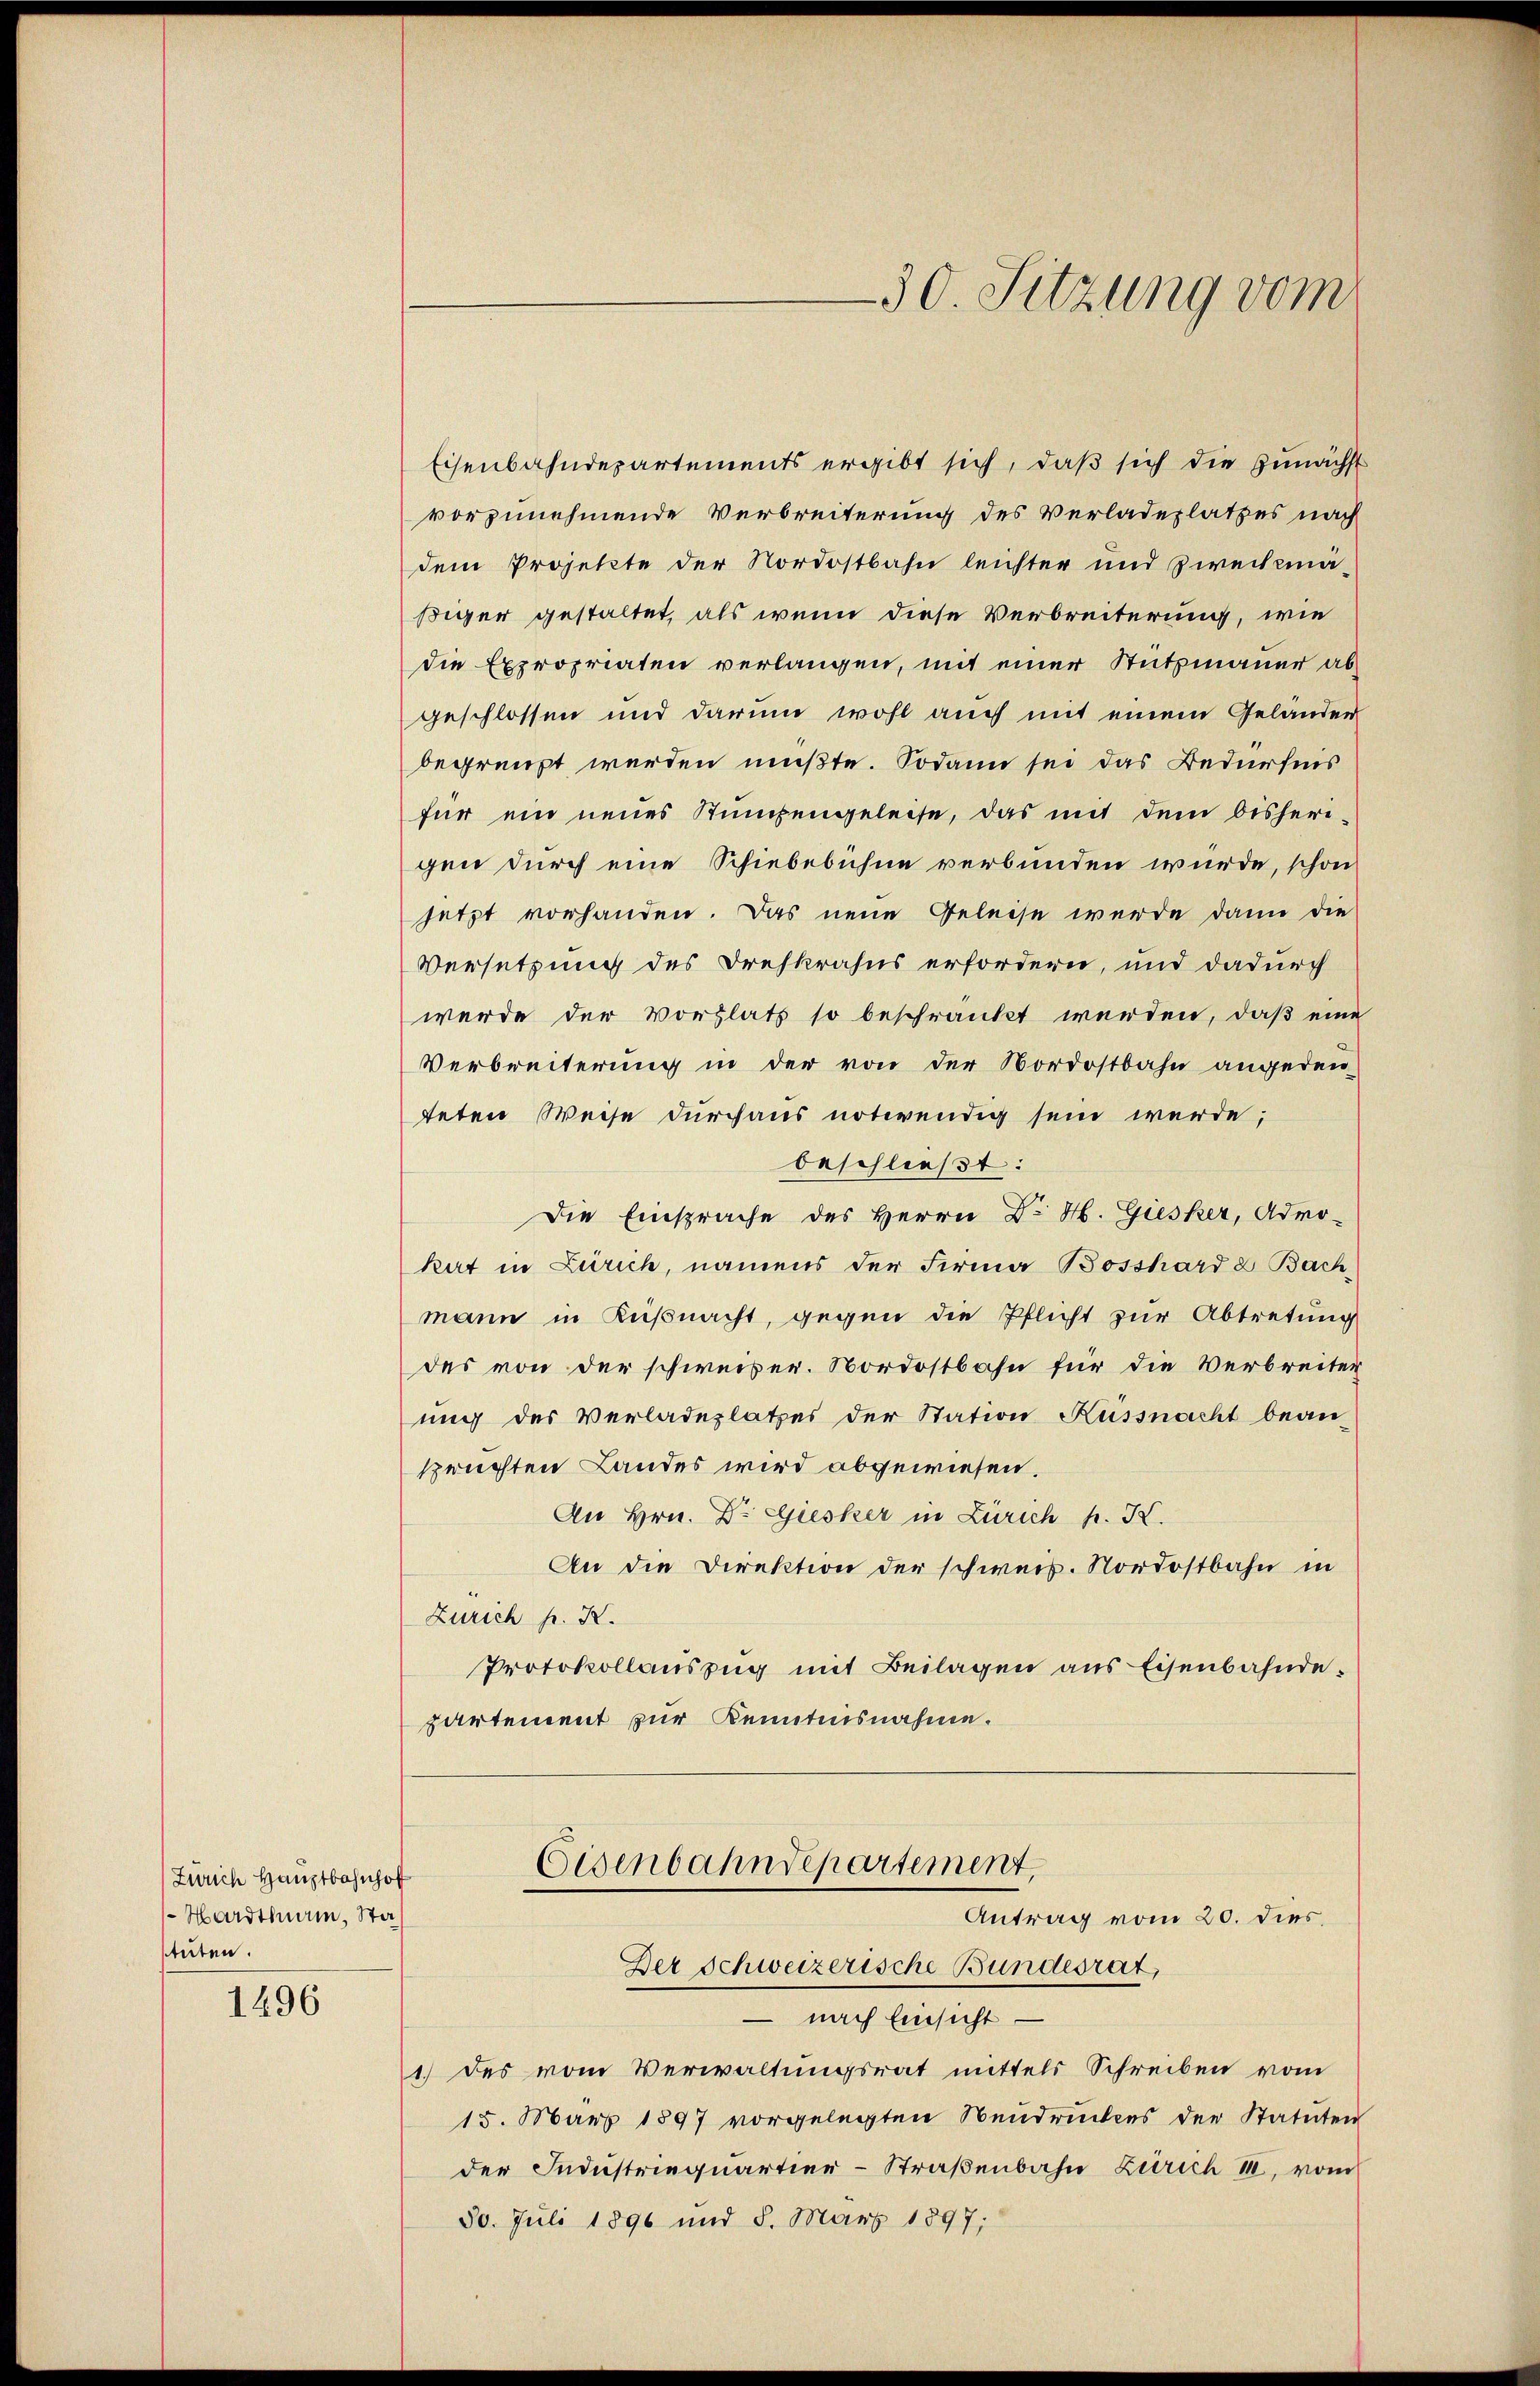
Zürich Hauptbahnhof
Hardthan, Sta
stuten.

1296

Eisenbahndepartements ergibt sich, daß sich die zunächst
vorzunehmende Verbreiterung des Verladeplatzes nach
dem Projekte der Nordostbahn leichter und Zweckmäßiger gestaltet, als wenn diese Verbreiterung, wie
die Expropriaten verlangen, mit einer Stutzmauer ab-
geschlossen und darum wohl auch mit einem Geländer
begrenzt werden müßte. Sodann sei das Bedürfnis
für ein neues Stumpengeleise, das mit dem bisheri-
gen durch eine Schiebebühne verbunden würde, schon
jetzt vorhanden. Das neue Geleise werde dann die
Versetzung des Drehkrasus erfordern, und dadurch
werde der Vorlats so beschränkt werden, daß eine
Verbreiterung in der von der Nordostbahn angeden-
teten Weise durchaus notwendig sein werde;
beschließt:
Die Einsprache des Herrn Dr H. Giesker, Admo-
kat in Zürich, namens der Firma Bosshard & Bachmann in Küßnacht, gegen die Pflicht zur Abtretung
des von der schweiser. Nordostbahn für die Verbreiter
ung des Verladeplatzes der Station Küssnacht bean-
sprüchten Landes wird abgewiesen.
An Hrn. Dr. Giesker in Zürich p. K.
An die Direktion der schweis. Nordostbahn in
Zürich pr. K.
Protokollauszug mit Beilagen aus Eisenbahndepartement zur Kenntnisnahme.

Eisenbahndepartement,
Antrag vom 20. dies
Der Schweizerische Bundesrat

30. Sitzung vom

– nach Einsicht.
1.) des vom Verwaltungsrat mittels Schreiben vom
15. März 1897 vorgelegten Neudruckens der Statuten
der Industriequartier-Straßenbahn Zürich III, vom
30. Juli 1896 und 8. März 1897;